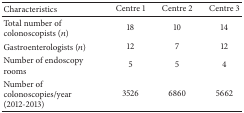
<table><thead><tr><td><b>Characteristics</b></td><td><b>Centre 1</b></td><td><b>Centre 2 </b></td><td><b>Centre 3 </b></td></tr></thead><tbody><tr><td>Total number of colonoscopists (<i>n</i>)</td><td>18</td><td>10 </td><td>14 </td></tr><tr><td>Gastroenterologists (<i>n</i>) </td><td>12</td><td>7</td><td>12</td></tr><tr><td>Number of endoscopy rooms</td><td>5</td><td>5</td><td>4</td></tr><tr><td>Number of colonoscopies/year (2012-2013)</td><td>3526</td><td>6860</td><td>5662</td></tr></tbody></table>